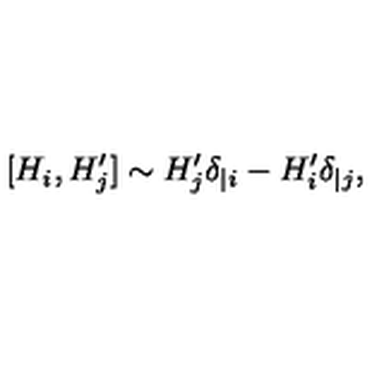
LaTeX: [ H _ { i } , H _ { j } ^ { \prime } ] \sim H _ { j } ^ { \prime } \delta _ { | i } - H _ { i } ^ { \prime } \delta _ { | j } ,